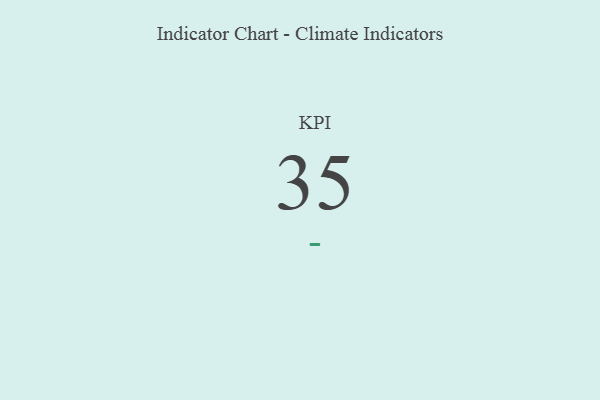
{"axis": {"x": "KPI", "y": "Value"}, "legend": [""], "data": [{"x": "KPI", "y": 35, "type": ""}]}